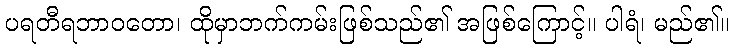
ပရတီရဘာဝတော၊ ထိုမှာဘက်ကမ်းဖြစ်သည်၏ အဖြစ်ကြောင့်။ ပါရံ၊ မည်၏။